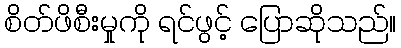
စိတ်ဖိစီးမှုကို ရင်ဖွင့် ပြောဆိုသည်။